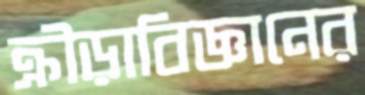
ক্রীড়াবিজ্ঞানের